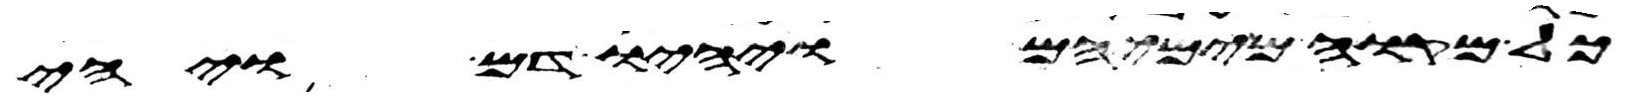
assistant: כל מקוה מימיהם ויהיו דם ויהי